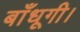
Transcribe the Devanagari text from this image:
बाँधूगी।